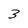
Character: 3